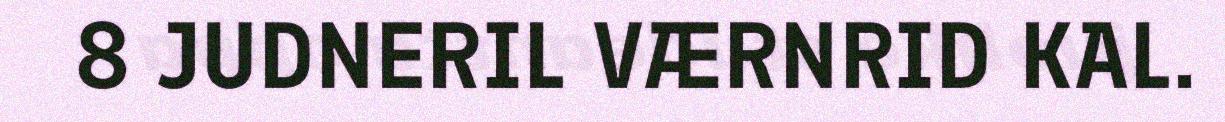
8 JUDNERIL VÆRNRID KAL.